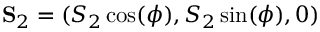
{ \bf S } _ { 2 } = ( S _ { 2 } \cos ( \phi ) , S _ { 2 } \sin ( \phi ) , 0 )